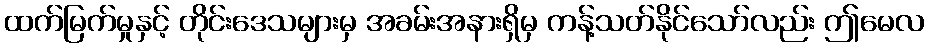
ထက်မြက်မှုနှင့် တိုင်းဒေသများမှ အခမ်းအနားရှိမှ ကန့်သတ်နိုင်သော်လည်း ဤမေလ